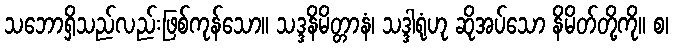
သဘောရှိသည်လည်းဖြစ်ကုန်သော။ သဒ္ဒနိမိတ္တာနံ၊ သဒ္ဒါရုံဟု ဆိုအပ်သော နိမိတ်တို့ကို။ စ၊